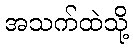
အသက်ထဲသို့